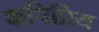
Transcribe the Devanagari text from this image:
कपिप्रिय